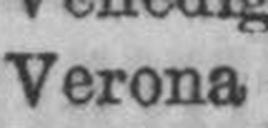
Verona